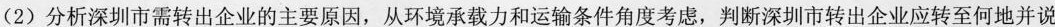
(2)分析深圳市需转出企业的主要原因，从环境承载力和运输条件角度考虑，判断深圳市转出企业应转至何地并说